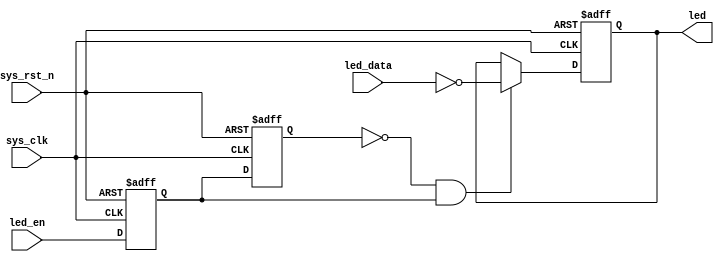
//****************************************Copyright (c)***********************************//
//www.openedv.com
//http://openedv.taobao.com 
//""FPGA & STM32
//
//Copyright(C)  2018-2028
//All rights reserved	                               
//----------------------------------------------------------------------------------------
// File name:           led_ctrl
// Last modified Date:  2018/4/24 9:56:36
// Last Version:        V1.1
// Descriptions:        led
//----------------------------------------------------------------------------------------
// Created by:          
// Created date:        2018/3/29 10:55:56
// Version:             V1.0
// Descriptions:        The original version
//
//----------------------------------------------------------------------------------------
// Modified by:		    
// Modified date:	    2018/4/24 9:56:36
// Version:			    V1.1
// Descriptions:	    led
//
//----------------------------------------------------------------------------------------
//****************************************************************************************//

module led_ctrl(
    input            sys_clk,          //50M
    input            sys_rst_n,        //
    
    input            led_en,           //led
    input      [3:0] led_data,         //led
    
    output reg [3:0] led               //led
    );

//reg define
reg led_en_d0;
reg led_en_d1;

//wire define
wire led_en_flag;

//*****************************************************
//**                    main code
//*****************************************************
//led_en
assign led_en_flag = (~led_en_d1) & led_en_d0;

always @(posedge sys_clk or negedge sys_rst_n) begin 
    if (!sys_rst_n) begin 
        led_en_d0 <= 1'b0;
        led_en_d1 <= 1'b0;
    end
    else begin
        led_en_d0 <= led_en;
        led_en_d1 <= led_en_d0;
    end
end

always @(posedge sys_clk or negedge sys_rst_n) begin 
    if (!sys_rst_n) 
        led <= 4'b0000;
    else if(led_en_flag)               //led_enled
            led <= ~led_data;          //led
        else
            led <= led;
end
    
endmodule